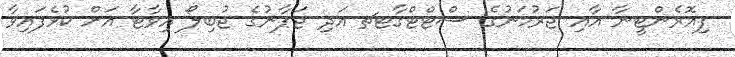
ފިއޮރެންޓީނާ އާއި ޖަރުމަނުގެ ސްޓްޓްގާޓޗ އަދި ޖަޕާނުގެ ޖުބިލޯ އިވާޓާ އަށް ކުޅެފައިވާ